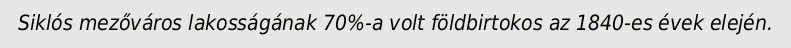
Siklós mezőváros lakosságának 70%-a volt földbirtokos az 1840-es évek elején.